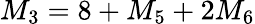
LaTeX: M_{3}=8+M_{5}+2M_{6}